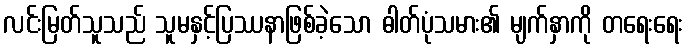
လင်းမြတ်သူသည် သူမနှင့်ပြဿနာဖြစ်ခဲ့သော ဓါတ်ပုံသမား၏ မျက်နှာကို တရေးရေး